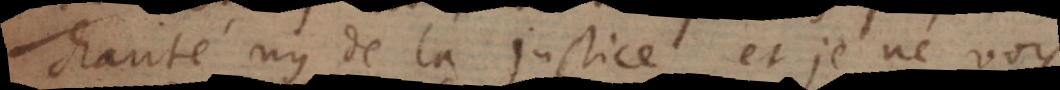
charité ny de la justice et je ne voy